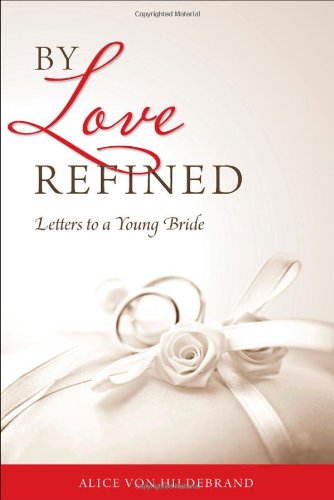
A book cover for By Love Refined: Letters to a Young Bride; Alice Von Hildebrand; Christian Books & Bibles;